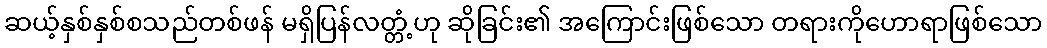
ဆယ့်နှစ်နှစ်စသည်တစ်ဖန် မရှိပြန်လတ္တံ့ဟု ဆိုခြင်း၏ အကြောင်းဖြစ်သော တရားကိုဟောရာဖြစ်သော